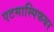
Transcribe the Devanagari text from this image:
एटमास्पिफयर